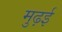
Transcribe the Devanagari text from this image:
मुढ़ई